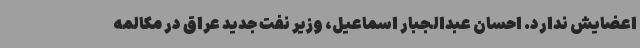
اعضایش ندارد. احسان عبدالجبار اسماعیل، وزیر نفت جدید عراق در مکالمه